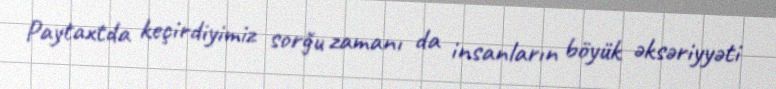
Paytaxtda keçirdiyimiz sorğu zamanı da insanların böyük əksəriyyəti